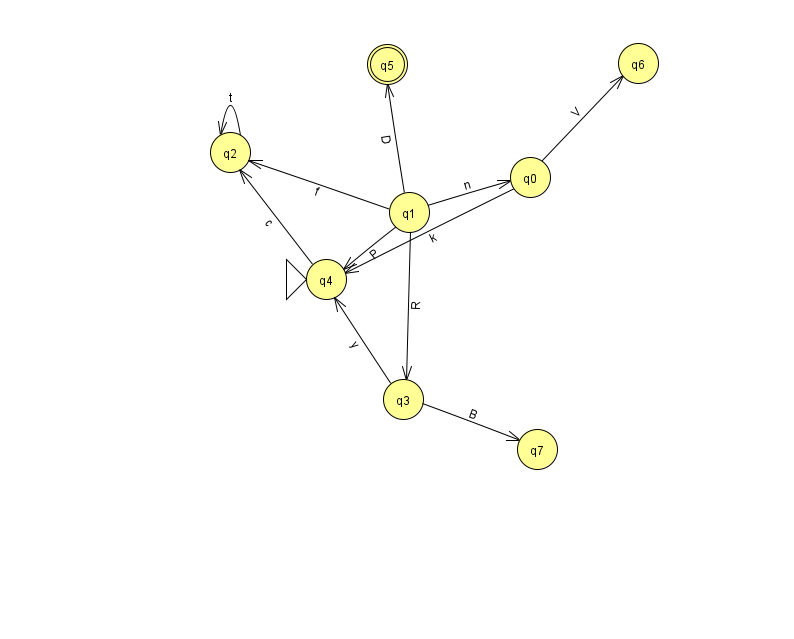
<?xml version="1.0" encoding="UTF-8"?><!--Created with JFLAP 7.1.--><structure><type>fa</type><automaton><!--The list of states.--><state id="0" name="q0"><x>530.0</x><y>164.0</y></state><state id="1" name="q1"><x>409.0</x><y>199.0</y></state><state id="2" name="q2"><x>230.0</x><y>139.0</y></state><state id="3" name="q3"><x>403.0</x><y>386.0</y></state><state id="4" name="q4"><x>326.0</x><y>266.0</y><initial/></state><state id="5" name="q5"><x>387.0</x><y>51.0</y><final/></state><state id="6" name="q6"><x>638.0</x><y>50.0</y></state><state id="7" name="q7"><x>537.0</x><y>436.0</y></state><!--The list of transitions.--><transition><from>1</from><to>2</to><read>f</read></transition><transition><from>1</from><to>0</to><read>n</read></transition><transition><from>2</from><to>2</to><read>t</read></transition><transition><from>3</from><to>7</to><read>B</read></transition><transition><from>1</from><to>5</to><read>D</read></transition><transition><from>1</from><to>3</to><read>R</read></transition><transition><from>1</from><to>4</to><read>P</read></transition><transition><from>3</from><to>4</to><read>y</read></transition><transition><from>0</from><to>6</to><read>V</read></transition><transition><from>4</from><to>2</to><read>c</read></transition><transition><from>0</from><to>4</to><read>k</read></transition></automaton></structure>